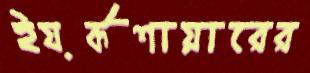
ইয়র্কশায়ারের